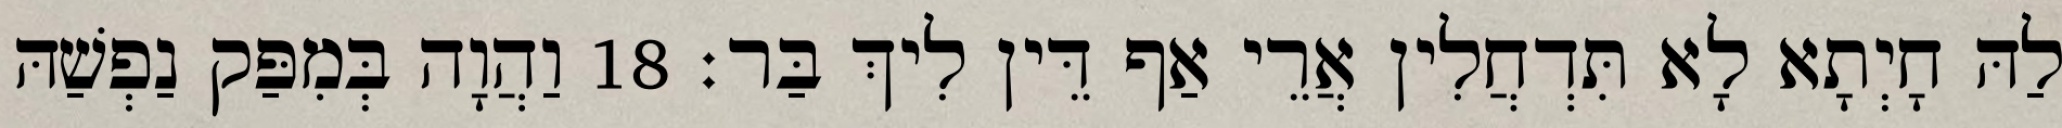
לַהּ חָיְתָא לָא תִּדְחֲלִין אֲרֵי אַף דֵּין לִיךְ בַּר׃ 18 וַהֲוָה בְּמִפַּק נַפְשַׁהּ